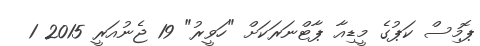
ޕޮމިސް ކަޕުގެ މީޑިއާ ޕާޓްނަރަކަށް "ހަވީރު" 19 ޖެނުއަރީ 2015 1